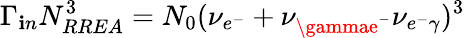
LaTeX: \Gamma_{\mathbf{i}n}N_{RREA}^{3}=N_{0}(\nu_{e^{-}}+\nu_{\gammae^{-}}\nu_{e^{-}\gamma})^{3}